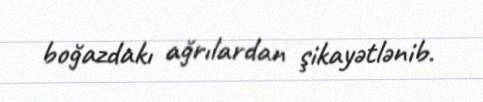
boğazdakı ağrılardan şikayətlənib.